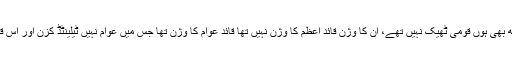
بھٹو صاحب کی کارکردگی کے اثرات بین الاقوامی کچھ بھی ہوں قومی ٹھیک نہیں تھے، ان کا وژن قائد اعظم کا وژن نہیں تھا قائد عوام کا وژن تھا جس میں عوام نہیں ٹیلینٹڈ کزن اور اس قبیل کے دوسرے افراد شامل تھے اور زور سندھ پر تھا۔